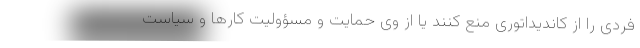
فردی را از کاندیداتوری منع کنند یا از وی حمایت و مسؤولیت کارها و سیاست